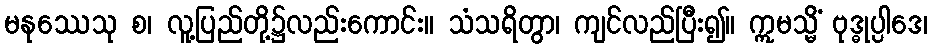
မနုဿေသု စ၊ လူ့ပြည်တို့၌လည်းကောင်း။ သံသရိတွာ၊ ကျင်လည်ပြီး၍။ ဣမသ္မိံ ဗုဒ္ဓုပ္ပါဒေ၊